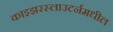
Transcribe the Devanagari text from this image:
काइझरस्लाउटर्नमधील